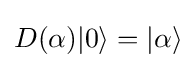
D(\alpha )|0\rangle =|\alpha \rangle